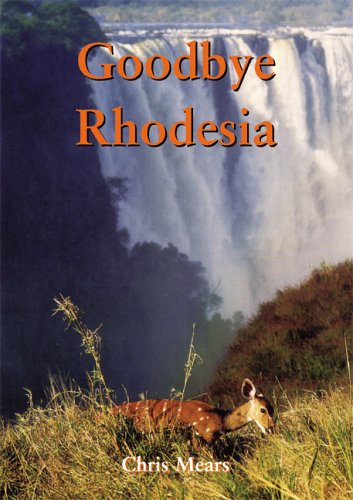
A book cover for Goodbye Rhodesia; C. Mears; Travel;